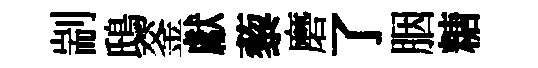
剬鴟釜獻藜磨了胭糖